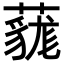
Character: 𧀔